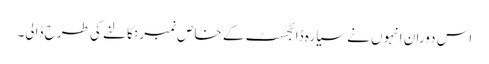
اس دوران انہوں نے سیارہ ڈائجسٹ کے خاص نمبر نکالنے کی طرح ڈالی۔